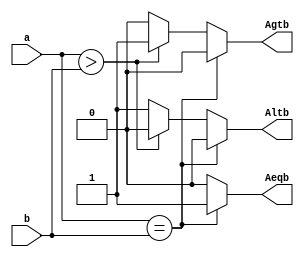

module comparator(a,b,Aeqb,Agtb,Altb);
  input[3:0] a,b;
  output Aeqb,Agtb,Altb;
   reg Aeqb, Agtb, Altb;              

  always @(a or b)
    begin
      Aeqb = 0;
      Agtb = 0;
      Altb = 0;
      if(a == b )
        Aeqb=1;
      else if(a > b)
        Agtb=1;
      else
        Altb=1;
    end
endmodule